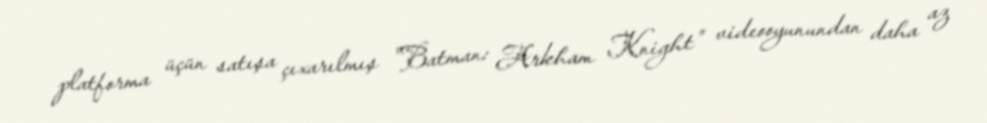
platforma üçün satışa çıxarılmış "Batman: Arkham Knight" videooyunundan daha az